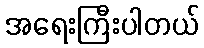
အရေးကြီးပါတယ်